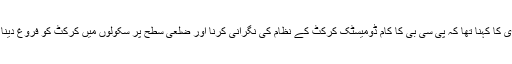
نئے ایم ڈی کا کہنا تھا کہ پی سی بی کا کام ڈومیسٹک کرکٹ کے نظام کی نگرانی کرنا اور ضلعی سطح پر سکولوں میں کرکٹ کو فروغ دینا بھی ہے۔